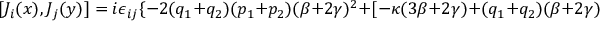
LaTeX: [ J _ { i } ( x ) , J _ { j } ( y ) ] = i \epsilon _ { i j } \{ - 2 ( q _ { 1 } + q _ { 2 } ) ( p _ { 1 } + p _ { 2 } ) ( \beta + 2 \gamma ) ^ { 2 } + [ - \kappa ( 3 \beta + 2 \gamma ) + ( q _ { 1 } + q _ { 2 } ) ( \beta + 2 \gamma ) ^ { 2 } ] : A \cdot \tilde { E } :